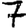
Digit: 7